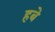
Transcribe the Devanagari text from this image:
हबे